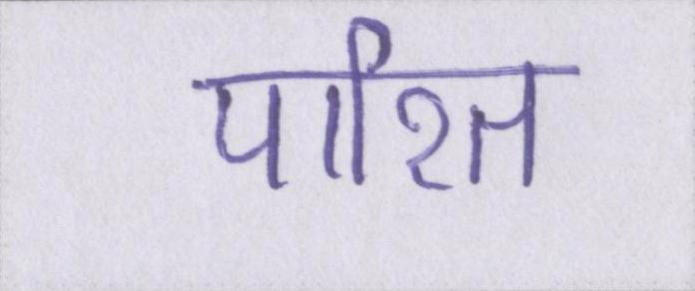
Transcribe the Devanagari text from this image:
पारित